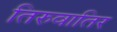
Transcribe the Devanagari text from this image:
तिरुवातिर